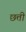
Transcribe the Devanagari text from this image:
छत्ती